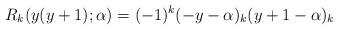
LaTeX: \begin{align*} R_k(y(y+1);\alpha)=(-1)^k (-y-\alpha)_k (y+1-\alpha)_k \end{align*}